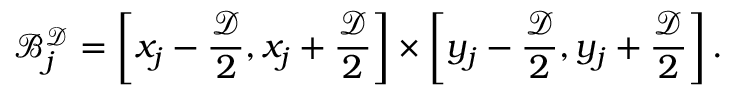
\mathcal { B } _ { j } ^ { \mathcal { D } } = \left[ x _ { j } - \frac { \mathcal { D } } { 2 } , x _ { j } + \frac { \mathcal { D } } { 2 } \right] \times \left[ y _ { j } - \frac { \mathcal { D } } { 2 } , y _ { j } + \frac { \mathcal { D } } { 2 } \right] .